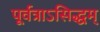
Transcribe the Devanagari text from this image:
पूर्वत्राऽसिद्धम्